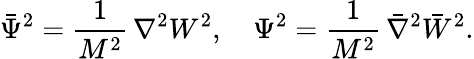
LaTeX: {\bar{\Psi}}^{2}=\frac{1}{M^{2}}\, \nabla^{2}{W^{2}},\quad\Psi^{2}=\frac{1}{M^{2}}\, {\bar{\nabla}}^{2}{\bar{W}}^{2}.